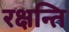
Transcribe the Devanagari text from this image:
रक्षन्ति